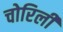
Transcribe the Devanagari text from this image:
चोरिली